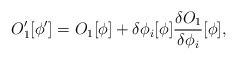
\begin{align*}O_1^\prime[\phi^\prime]=O_1[\phi]+\delta\phi_i[\phi]{\delta O_1\over{\delta\phi_i}}[\phi],\end{align*}